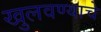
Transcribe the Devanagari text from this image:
खुलवण्याचे